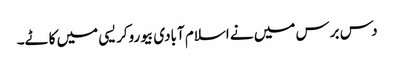
دس برس میں نے اسلام آبادی بیوروکریسی میں کاٹے۔